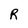
Character: R